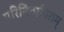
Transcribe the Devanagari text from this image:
परिनिठापितम्